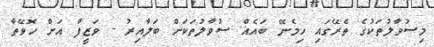
މިސުވާލުތަކުގެ ތެރޭގައި ހިމެނޭ ބައެއް ސުވާލުތަކަށް ބަލާއިރު - ވަޒީފާ އަށް ހޮވޭތާ